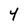
Character: 4